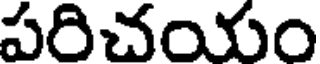
పరిచయం